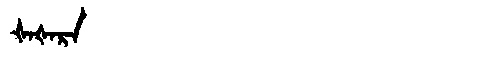
Manchu: ᡧᠠᡧᠠᡵᠠ
Romanization: ŠAŠARA